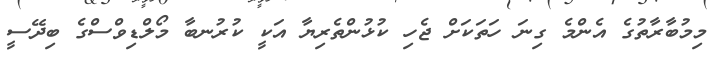
މިމުބާރާތުގެ އެންމެ ގިނަ ހަތަކަށް ޖެހި ކުޅުންތެރިޔާ އަކީ ކުރުނބާ މޯލްޑިވްސްގެ ބިދޭސީ